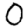
Digit: 0